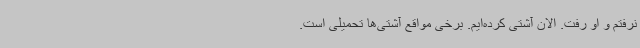
نرفتم و او رفت. الان آشتی کرده‌ایم. برخی مواقع آشتی‌ها تحمیلی است.